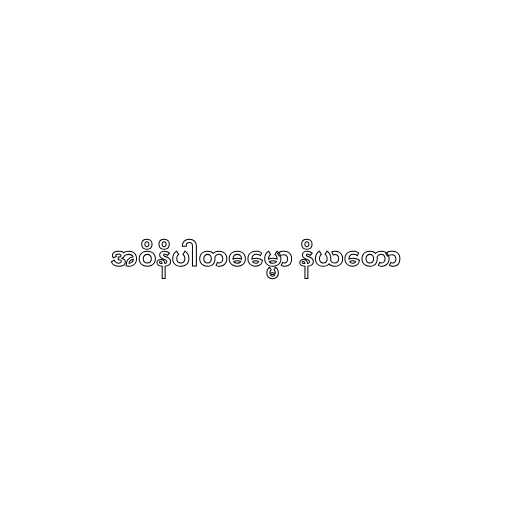
အဝိနိပါတဓမ္မော နိယတော